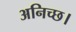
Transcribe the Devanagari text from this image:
अनिच्छ।